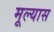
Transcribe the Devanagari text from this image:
मूल्यास